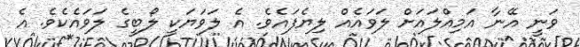
ވަނީ އޭނާ އަމިއްލައަށް ލަވައެއް ލިޔެފައެވެ. އެ ލަވަޔަކީ ލޯބީގެ ލަވައެކެވެ. އެ